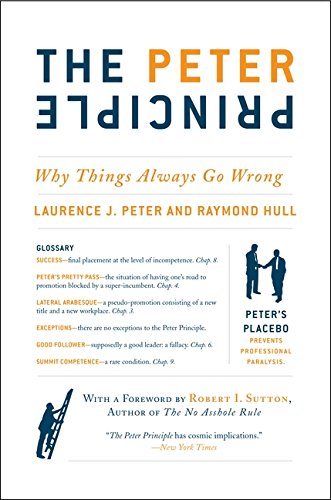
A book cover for The Peter Principle: Why Things Always Go Wrong; Laurence J. Peter; Humor & Entertainment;